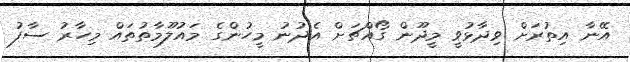
އޭނާ އިތުރަށް ވިދާޅުވީ މީދޫން ގޯއްޗަށް އެދުނު މީހުންގެ މައުލޫމާތުތައް މިހާރު ސާފު